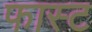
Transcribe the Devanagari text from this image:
फास्‍ट